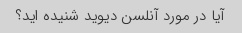
آیا در مورد آنلسن دیوید شنیده اید؟